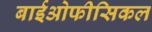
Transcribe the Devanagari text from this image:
बाईओफीसिकल